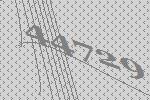
44729